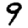
Digit: 9